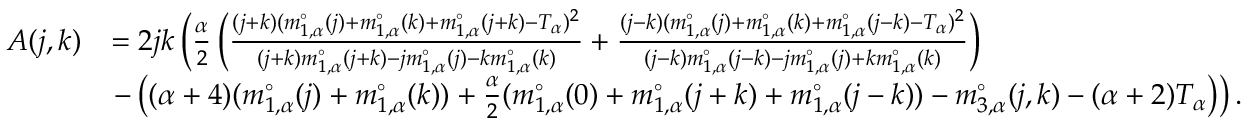
\begin{array} { r l } { A ( j , k ) } & { = 2 j k \left( \frac { \alpha } { 2 } \left( \frac { ( j + k ) ( m _ { 1 , \alpha } ^ { \circ } ( j ) + m _ { 1 , \alpha } ^ { \circ } ( k ) + m _ { 1 , \alpha } ^ { \circ } ( j + k ) - T _ { \alpha } ) ^ { 2 } } { ( j + k ) m _ { 1 , \alpha } ^ { \circ } ( j + k ) - j m _ { 1 , \alpha } ^ { \circ } ( j ) - k m _ { 1 , \alpha } ^ { \circ } ( k ) } + \frac { ( j - k ) ( m _ { 1 , \alpha } ^ { \circ } ( j ) + m _ { 1 , \alpha } ^ { \circ } ( k ) + m _ { 1 , \alpha } ^ { \circ } ( j - k ) - T _ { \alpha } ) ^ { 2 } } { ( j - k ) m _ { 1 , \alpha } ^ { \circ } ( j - k ) - j m _ { 1 , \alpha } ^ { \circ } ( j ) + k m _ { 1 , \alpha } ^ { \circ } ( k ) } \right) \right. } \\ & { \left. - \left( ( { \alpha + 4 } ) ( m _ { 1 , \alpha } ^ { \circ } ( j ) + m _ { 1 , \alpha } ^ { \circ } ( k ) ) + \frac { \alpha } { 2 } ( m _ { 1 , \alpha } ^ { \circ } ( 0 ) + m _ { 1 , \alpha } ^ { \circ } ( j + k ) + m _ { 1 , \alpha } ^ { \circ } ( j - k ) ) - m _ { 3 , \alpha } ^ { \circ } ( j , k ) - ( \alpha + 2 ) T _ { \alpha } \right) \right) . } \end{array}